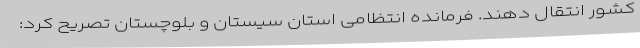
کشور انتقال دهند. فرمانده انتظامی استان سیستان و بلوچستان تصریح کرد: